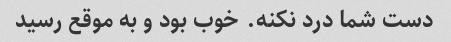
دست شما درد نکنه. خوب بود و به موقع رسید